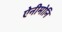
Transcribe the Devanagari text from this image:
ऐनीमोनि